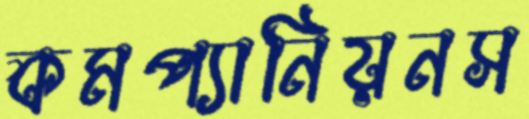
কমপ্যানিয়নস